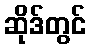
ဆိုဒ်တွင်